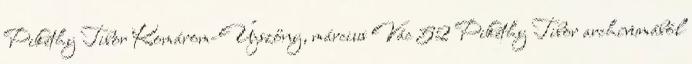
Pikéthy Tibor Komárom-Újszőny, március Vác 52 Pikéthy Tibor archívumából